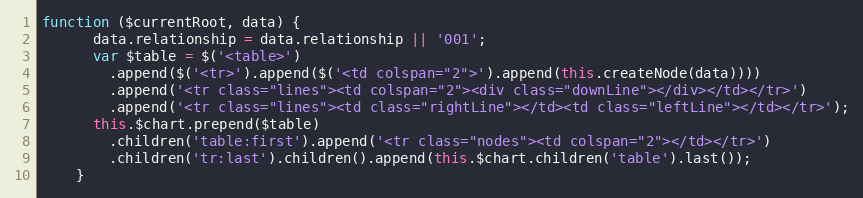
Language: JavaScript
function ($currentRoot, data) {
      data.relationship = data.relationship || '001';
      var $table = $('<table>')
        .append($('<tr>').append($('<td colspan="2">').append(this.createNode(data))))
        .append('<tr class="lines"><td colspan="2"><div class="downLine"></div></td></tr>')
        .append('<tr class="lines"><td class="rightLine"></td><td class="leftLine"></td></tr>');
      this.$chart.prepend($table)
        .children('table:first').append('<tr class="nodes"><td colspan="2"></td></tr>')
        .children('tr:last').children().append(this.$chart.children('table').last());
    }